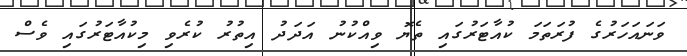
ވަނައަހަރުގެ ފުރަތަމަ ކުއާޓަރުގައި ތެޔޮ ވިއްކުނު އަދަދު އިތުރު ކުރެވި މިކުއާޓަރުގައި ވެސް